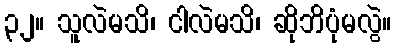
၃၂။ သူလဲမသိ၊ ငါလဲမသိ၊ ဆိုဘိပုံမလွဲ။